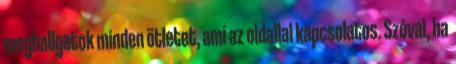
meghallgatok minden ötletet, ami az oldallal kapcsolatos. Szóval, ha